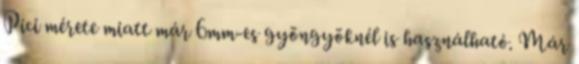
Pici mérete miatt már 6mm-es gyöngyöknél is használható. Már